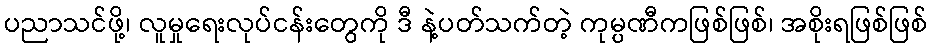
ပညာသင်ဖို့၊ လူမှုရေးလုပ်ငန်းတွေကို ဒီ နဲ့ပတ်သက်တဲ့ ကုမ္ပဏီကဖြစ်ဖြစ်၊ အစိုးရဖြစ်ဖြစ်